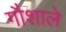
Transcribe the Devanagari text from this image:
गौशाले